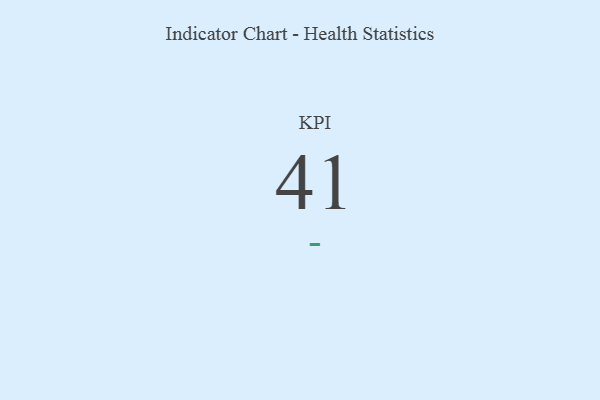
{"axis": {"x": "KPI", "y": "Value"}, "legend": [""], "data": [{"x": "KPI", "y": 41, "type": ""}]}